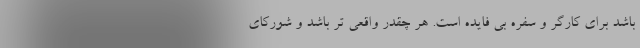
باشد برای کارگر و سفره بی فایده است. هر چقدر واقعی تر باشد و شورکای